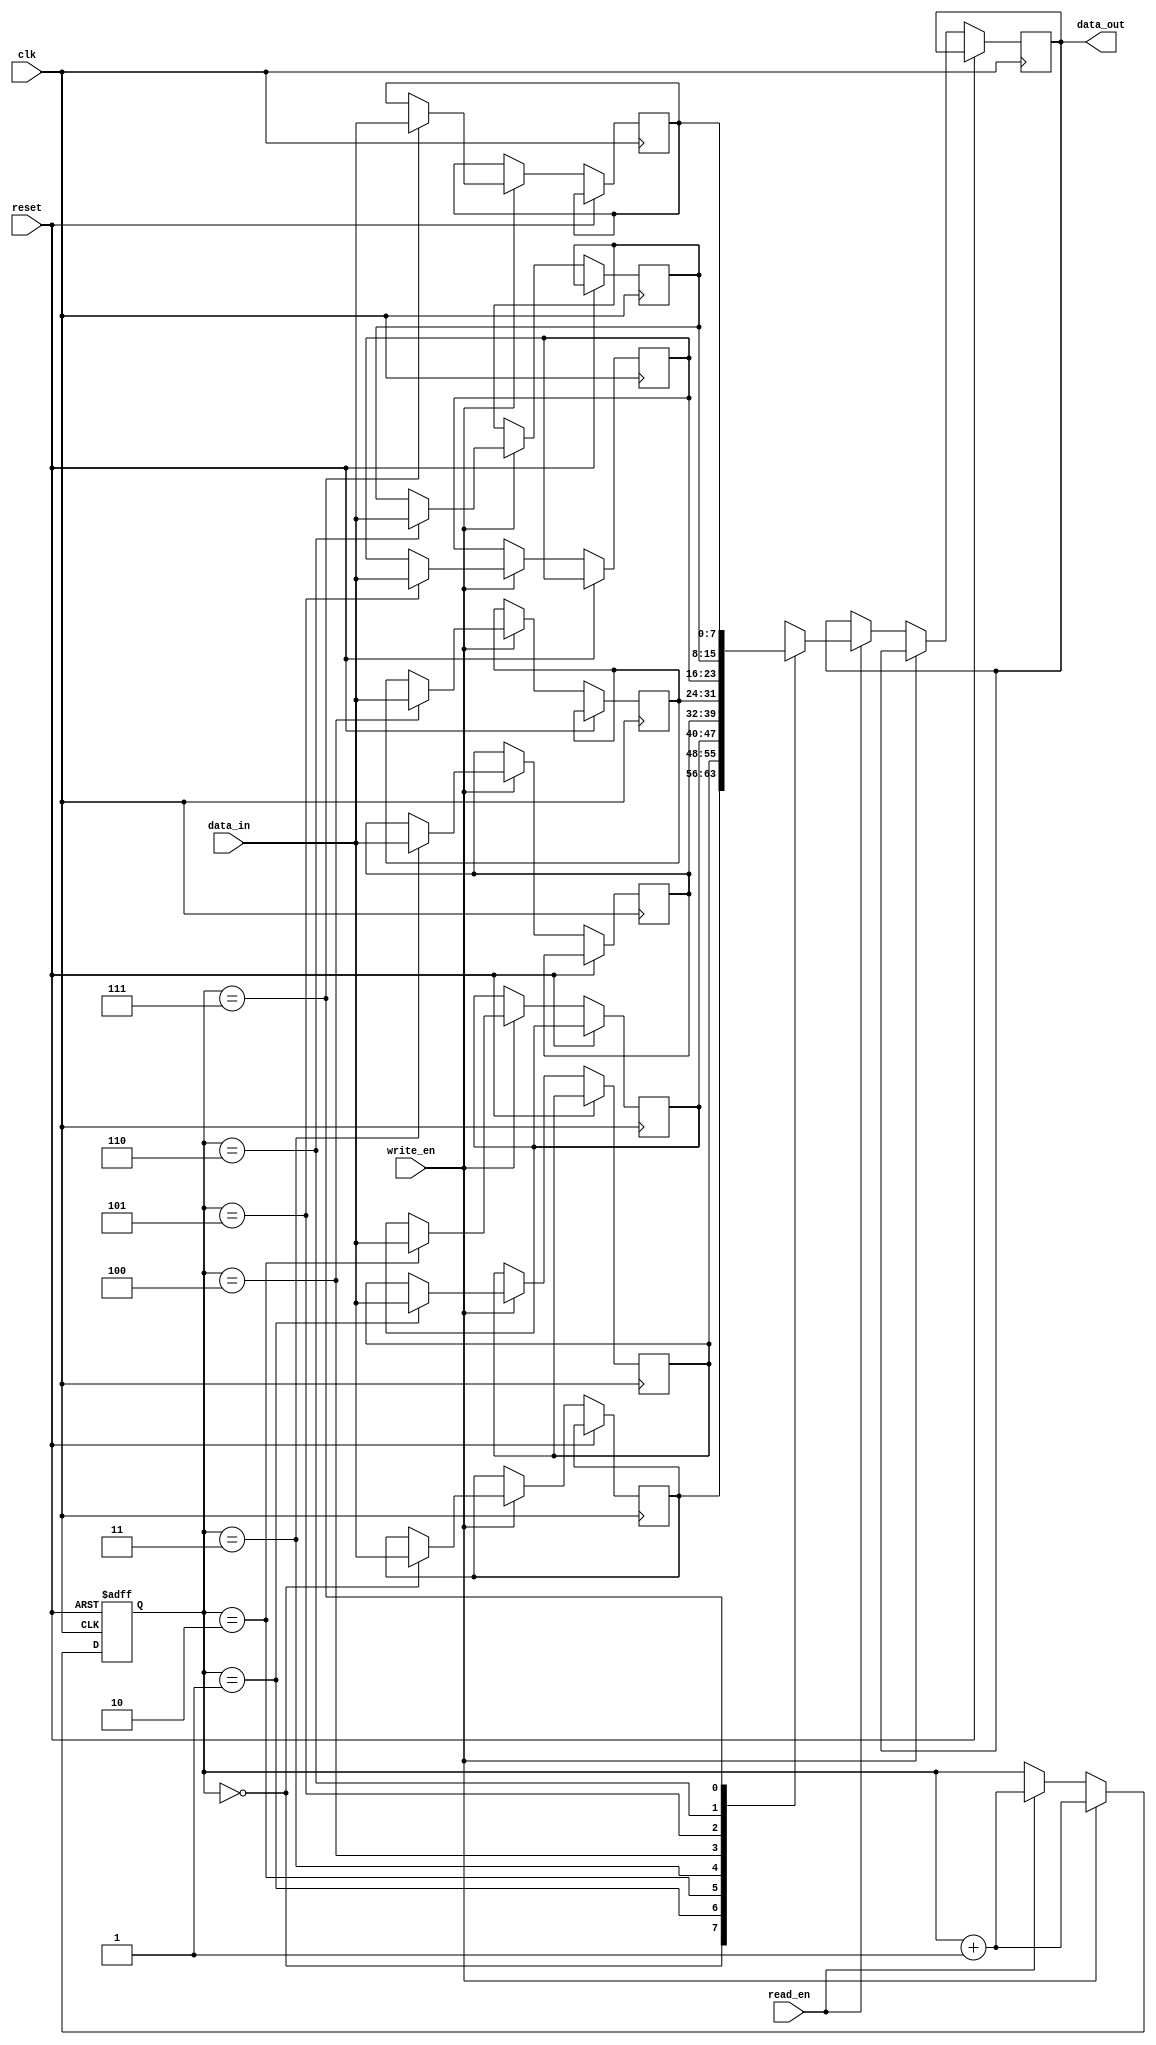
module Gray_FIFO(
  input wire clk,
  input wire reset,
  input wire write_en,
  input wire read_en,
  input wire [WIDTH-1:0] data_in,
  output reg [WIDTH-1:0] data_out
);

parameter WIDTH = 8;
parameter ADDR_WIDTH = $clog2(WIDTH);

reg [ADDR_WIDTH-1:0] gray_counter;
reg [WIDTH-1:0] memory [0:(1<<ADDR_WIDTH)-1];

always @ (posedge clk or posedge reset) begin
  if (reset) begin
    gray_counter <= 0;
  end else begin
    if (write_en) begin
      memory[gray_counter] <= data_in;
      gray_counter <= gray_counter + 1;
    end else if (read_en) begin
      data_out <= memory[gray_counter];
      gray_counter <= gray_counter + 1;
    end
  end
end

endmodule